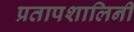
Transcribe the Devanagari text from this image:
प्रतापशालिनी